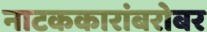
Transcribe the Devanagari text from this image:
नाटककारांबरोबर